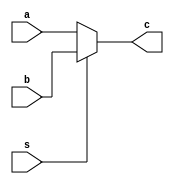
`timescale 1ns / 1ps
//s == 0 -> c = a
//s == 1 -> c = b
module mux5bit (
    input [4:0] a,b,
    input s,
    output  [4:0] c
);
    assign c = (s == 0) ? a:b;
endmodule